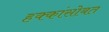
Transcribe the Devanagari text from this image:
हक्कांसोबत